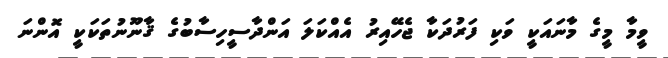
ވީމާ މީގެ މާނައަކީ ވަކި ފަރުދަކާ ޖެހޭއިރު އެއްކަލަ އަންދާސީހިސާބުގެ ޤާނޫނުތަކަކީ އޮންނަ